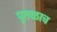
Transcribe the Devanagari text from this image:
पुतळाच